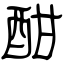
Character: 酣